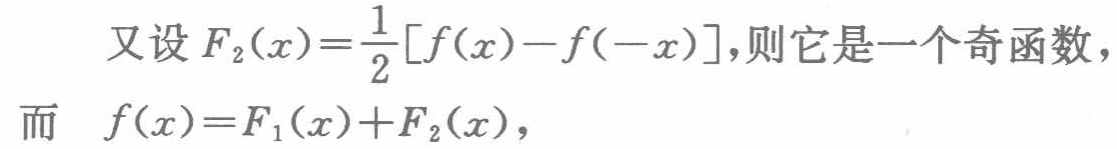
又设 \(F_{2}(x)=\frac{1}{2}[f(x)-f(-x)]\)，则它是一个奇函数，
而 \(f(x)=F_{1}(x)+F_{2}(x)\)，